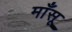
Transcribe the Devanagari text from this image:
माँसू